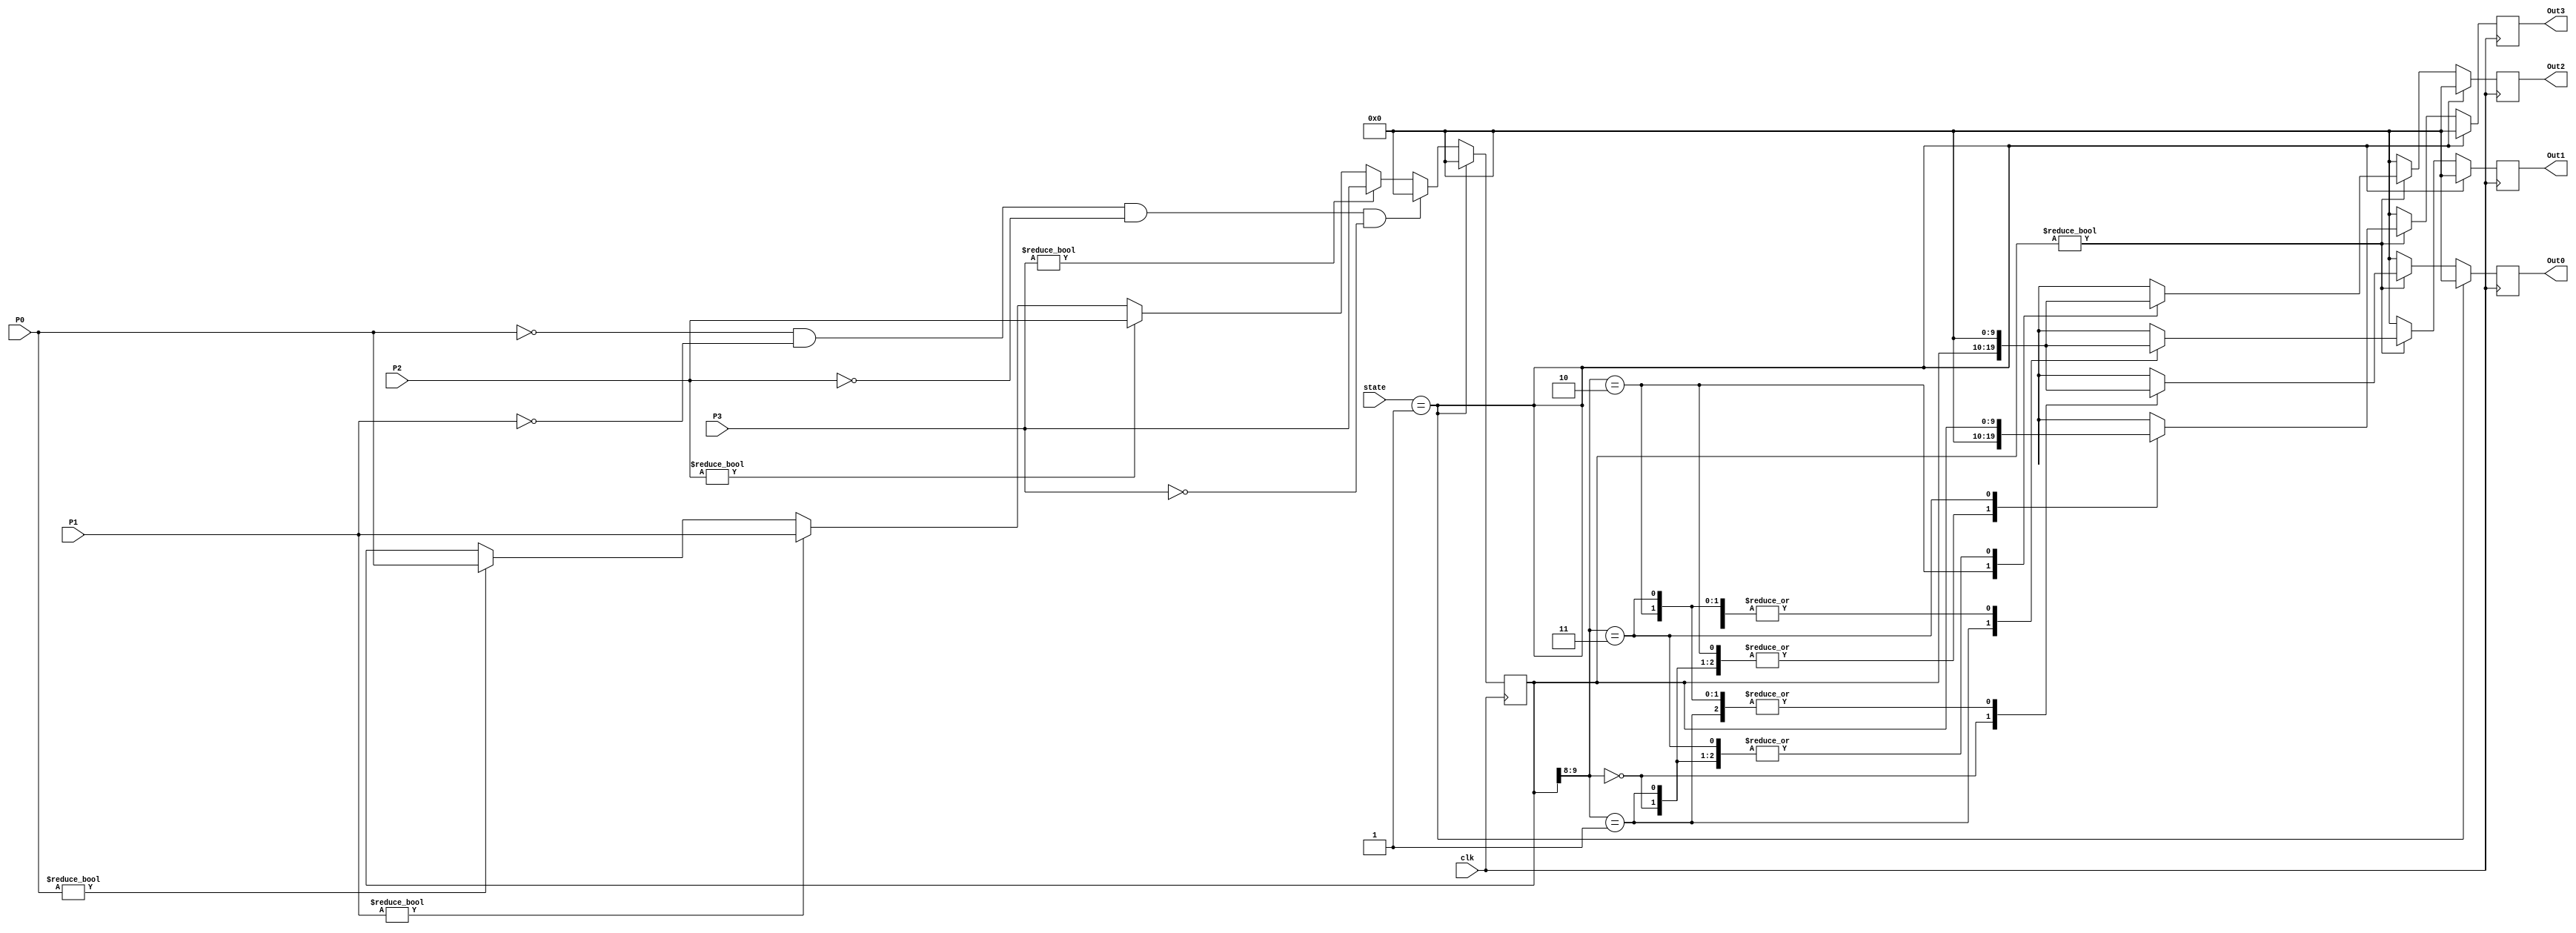
module MUX(
    input clk,
    input [3:0] state,
    input [9:0] P0, P1, P2, P3,
    output reg[9:0] Out0, Out1, Out2, Out3
);

reg [9:0] CanalMedio;
reg [1:0] dest;


// Entradas
always@(posedge clk)begin
    if(state == 4'b0001)begin
        CanalMedio = 10'b0;
    end
    else begin
        if(P0 != 10'b0)begin
            CanalMedio = P0;
        end
        // else begin
            if(P1 != 10'b0)begin
                CanalMedio = P1;
            end
            // else begin
                if(P2 != 10'b0)begin
                    CanalMedio = P2;
                end
                // else begin
                    if(P3 != 10'b0)begin
                        CanalMedio = P3;
                    end
                    // else begin
                    if((P0 == 10'b0) & (P1 == 0) & (P2 == 0) & (P3 == 0))begin
                        CanalMedio = 10'b0;
                    end
                // end
            // end
        // end
    end
end


// Direccin
// always@(*)begin
//     if(state == 4'b0001)begin
//         dest = 2'b0;
//     end
//     else begin
//         dest = CanalMedio[9:8];
//     end
// end


// Salidas
always@(negedge clk)begin
    if(state == 4'b0001)begin
        Out0 = 10'b0;
        Out1 = 10'b0;
        Out2 = 10'b0;
        Out3 = 10'b0;
    end
    else begin
        if(CanalMedio != 10'b0)begin
            case(CanalMedio[9:8])
            0: begin
                Out0 = CanalMedio;
                Out1 = 10'b0;
                Out2 = 10'b0;
                Out3 = 10'b0;
            end

            1: begin
                Out1 = CanalMedio;
                Out0 = 10'b0;
                Out2 = 10'b0;
                Out3 = 10'b0;
            end

            2: begin
                Out2 = CanalMedio;
                Out0 = 10'b0;
                Out1 = 10'b0;
                Out3 = 10'b0;
            end

            3: begin
                Out3 = CanalMedio;
                Out0 = 10'b0;
                Out1 = 10'b0;
                Out2 = 10'b0;
            end
            endcase
        end
        else begin
            Out0 = 10'b0;
            Out1 = 10'b0;
            Out2 = 10'b0;
            Out3 = 10'b0;
        end
    end
end

endmodule